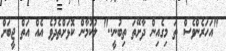
"އަހަރެންވެސް ތަ މިގެއިން ދާށޭތަ ތިބުނީ.." ލުކުމާން ކޮޅަށްތެދުވެ އެއް އަތް ޖީބަށް